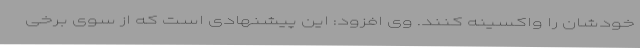
خودشان را واکسینه کنند. وی افزود: این پیشنهادی است که از سوی برخی